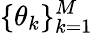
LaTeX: \{ \theta_{k}\} _{k=1}^{M}